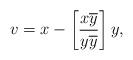
LaTeX: \begin{align*}v=x-\left[ \frac{x\overline{y}}{y\overline{y}}\right] y, \end{align*}